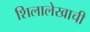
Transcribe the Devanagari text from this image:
शिलालेखाची